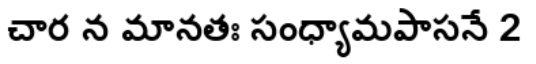
చార న మానతః సంధ్యామపాసనే 2